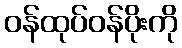
ဝန်ထုပ်ဝန်ပိုးကို